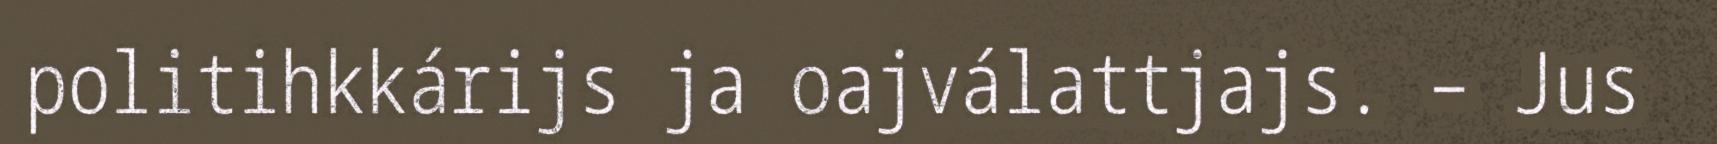
politihkkárijs ja oajválattjajs. – Jus